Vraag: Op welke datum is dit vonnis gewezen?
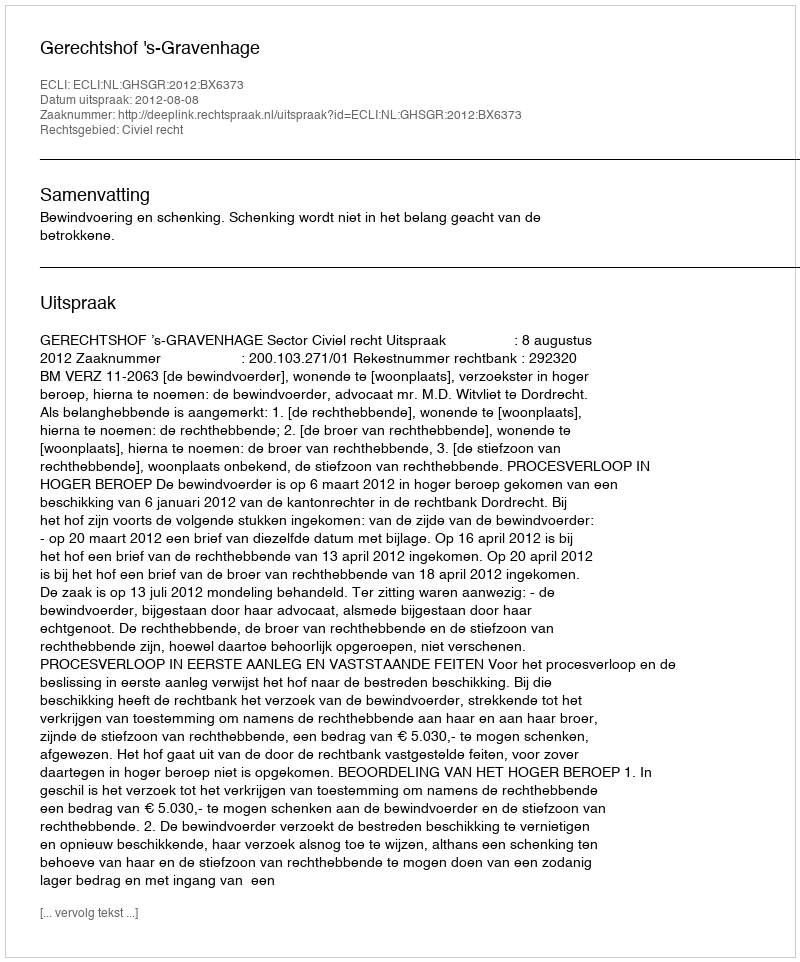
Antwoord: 2012-08-08